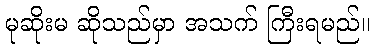
မုဆိုးမ ဆိုသည်မှာ အသက် ကြီးရမည်။